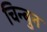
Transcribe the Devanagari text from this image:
चिन्बुन